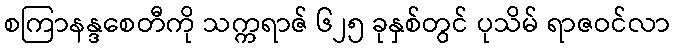
စကြာနန္ဒစေတီကို သက္ကရာဇ် ၆၂၅ ခုနှစ်တွင် ပုသိမ် ရာဇဝင်လာ